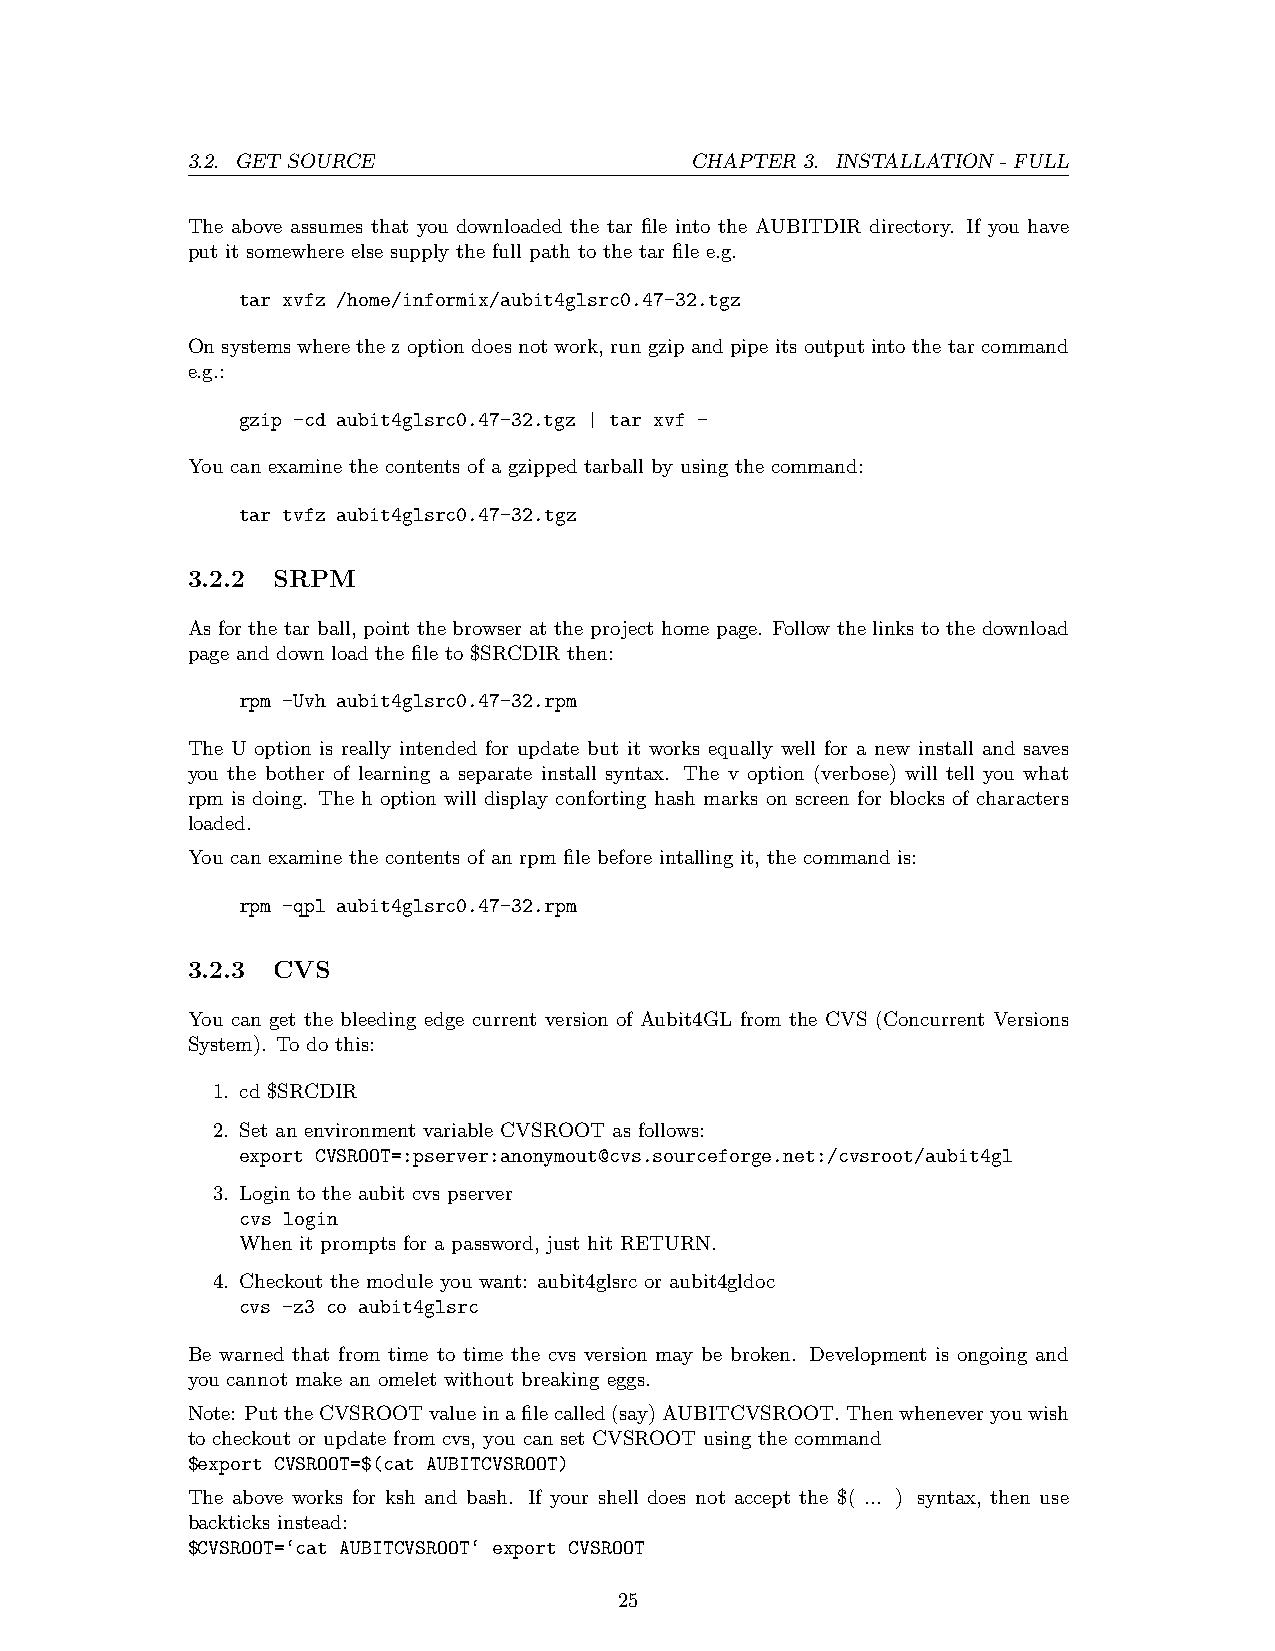
3.2. GET SOURCE                   CHAPTER 3. INSTALLATION - FULL
 The above assumes that you downloaded the tar file into the AUBITDIR directory. If you have
 put it somewhere else supply the full path to the tar file e.g.
 tar xvfz /home/informix/aubit4glsrc0.47-32.tgz
 On systems where the z option does not work, run gzip and pipe its output into the tar command
 e.g.:
 gzip -cd aubit4glsrc0.47-32.tgz | tar xvf -
 You can examine the contents of a gzipped tarball by using the command:
 tar tvfz aubit4glsrc0.47-32.tgz
 3.2.2 SRPM
 As for the tar ball, point the browser at the project home page. Follow the links to the download
 page and down load the file to $SRCDIR then:
 rpm -Uvh aubit4glsrc0.47-32.rpm
 The U option is really intended for update but it works equally well for a new install and saves
 you the bother of learning a separate install syntax. The v option (verbose) will tell you what
 rpm is doing. The h option will display conforting hash marks on screen for blocks of characters
 loaded.
 You can examine the contents of an rpm file before intalling it, the command is:
 rpm -qpl aubit4glsrc0.47-32.rpm
 3.2.3 CVS
 You can get the bleeding edge current version of Aubit4GL from the CVS (Concurrent Versions
 System). To do this:
 1. cd $SRCDIR
 2. Set an environment variable CVSROOT as follows:
 export CVSROOT=:pserver:anonymout@cvs.sourceforge.net:/cvsroot/aubit4gl
 3. Login to the aubit cvs pserver
 cvs login
 When it prompts for a password, just hit RETURN.
 4. Checkout the module you want: aubit4glsrc or aubit4gldoc
 cvs -z3 co aubit4glsrc
 Be warned that from time to time the cvs version may be broken. Development is ongoing and
 you cannot make an omelet without breaking eggs.
 Note: PuttheCVSROOTvalueinafilecalled(say)AUBITCVSROOT.Thenwheneveryouwish
 to checkout or update from cvs, you can set CVSROOT using the command
 $export CVSROOT=$(cat AUBITCVSROOT)
 The above works for ksh and bash. If your shell does not accept the $( ... ) syntax, then use
 backticks instead:
 $CVSROOT=‘cat AUBITCVSROOT‘ export CVSROOT
 25